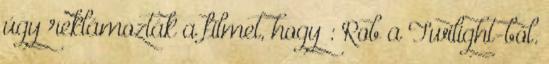
úgy reklámozták a filmet, hogy : Rob a Twilight-ból.